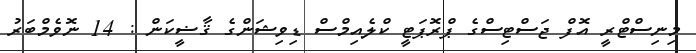
މިނިސްޓްރީ އޮފް ޖަސްޓިސްގެ ޕްރޮޕަޓީ ކްލެއިމްސް ޑިވިޝަންގެ ޤާޟީކަން : 14 ނޮވެމްބަރު